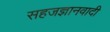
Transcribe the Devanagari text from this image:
सहजज्ञानवादी